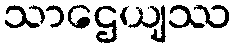
သာဌေယျဿ